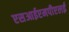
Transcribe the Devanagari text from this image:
एसआईएमपीएलई